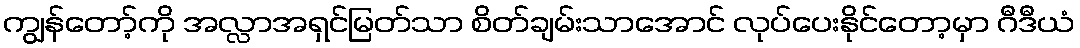
ကျွန်တော့်ကို အလ္လာအရှင်မြတ်သာ စိတ်ချမ်းသာအောင် လုပ်ပေးနိုင်တော့မှာ ဂီဒီယံ